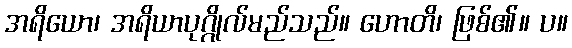
အရိယော၊ အရိယာပုဂ္ဂိုလ်မည်သည်။ ဟောတိ၊ ဖြစ်၏။ ပ။